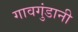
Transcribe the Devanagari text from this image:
गावगुंडानी